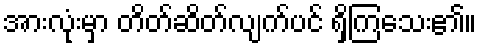
အားလုံးမှာ တိတ်ဆိတ်လျက်ပင် ရှိကြသေး၏။